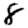
Digit: 8